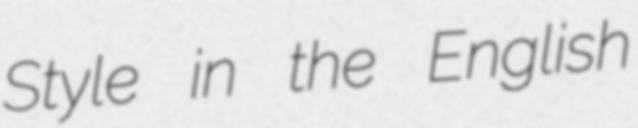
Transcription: Style in the English